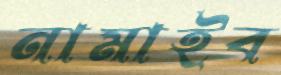
নামাইব